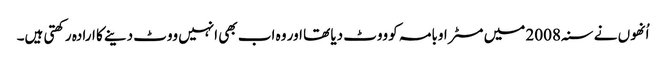
اُنھوں نے سنہ 2008 میں مسٹر اوبامہ کو ووٹ دیا تھا اور وہ اب بھی انہیں ووٹ دینے کا ارادہ رکھتی ہیں۔